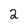
Character: 2